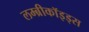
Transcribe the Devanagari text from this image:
लम्ब्रीकॉइड्स